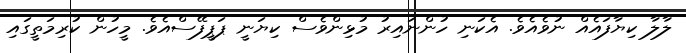
ލާލާ ކިޔާފައެއް ނުވެއެވެ. އެކަނި ހުންނައިރު މުޅިންވެސް ކިޔަނީ ޕަޕީފޭސްއެވެ. މީހުން ކުރިމަތީގައި